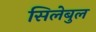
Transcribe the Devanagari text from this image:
सिलेबुल